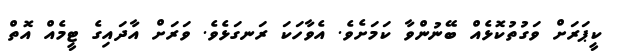
ކީޕަރަށް ވަގުތުކޮޅެއް ބޭނުންވާ ކަމަށެވެ. އެވާހަކަ ރަނގަޅެވެ. ވަރަށް އާދައިގެ ޓީމެއް އޮތް